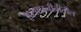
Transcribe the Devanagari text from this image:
इसापनीतीतील